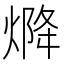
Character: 𤌅